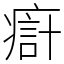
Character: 㾵